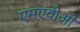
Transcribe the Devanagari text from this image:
एमएवीओ